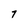
Character: 7